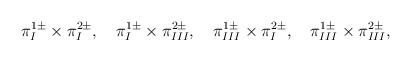
\begin{align*}\pi_I^{1 \pm} \times \pi_I^{2 \pm} , \quad\pi_I^{1 \pm} \times \pi_{III}^{2 \pm} , \quad\pi_{III}^{1 \pm} \times \pi_I^{2 \pm} , \quad\pi_{III}^{1 \pm} \times \pi_{III}^{2 \pm} ,\end{align*}